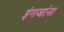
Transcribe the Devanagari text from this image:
इंगजांना